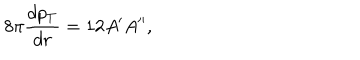
8 \pi { \frac { d p _ { T } } { d r } } = 1 2 A ^ { \prime } A ^ { \prime \prime } ,